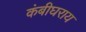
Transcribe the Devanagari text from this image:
कंबीघराय